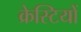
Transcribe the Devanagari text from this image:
क्रेस्टियों